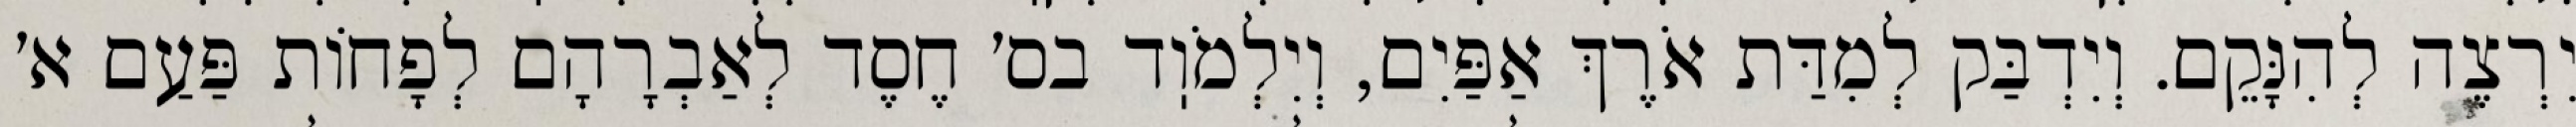
יִרְצֶה לְהִנָּקֵם. וְיִדְבַּק לְמִדַּת אֹרֶךְ אַפַּיִם, וְיִלְמֹוֽד בס׳ חֶסֶד לְאַבְרָהָם לְפָחוֹת פַּעַם א׳